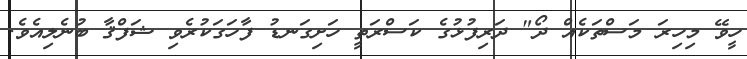
ހީވޭ މިހިރަ މަސްތަކެއް ދޯ" ދަރިފުޅުގެ ކަސްރަތީ ހަށިގަނޑު ފާހަގަކުރެވި ޝަފްޤާ ބުނެލިއެވެ.